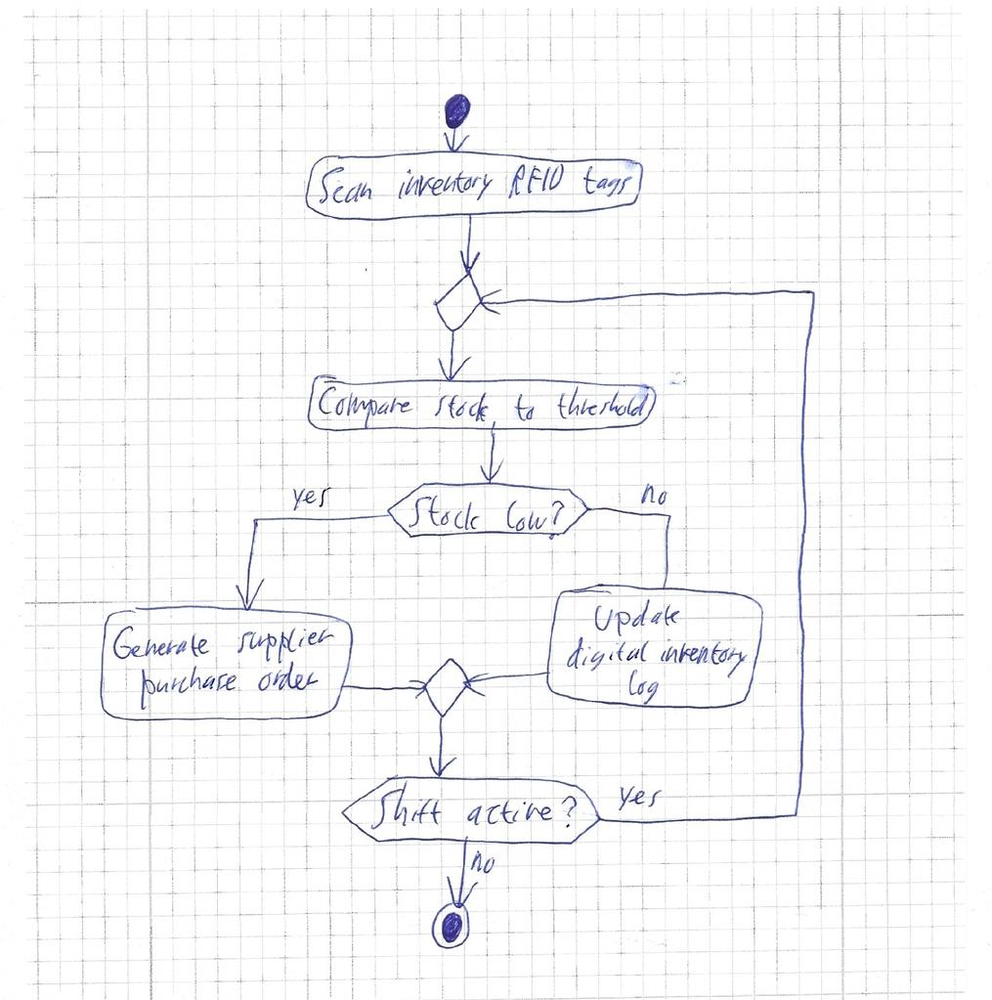
Diagram type: activity_diagram
```plantuml
@startuml

start

:Scan inventory RFID tags;

repeat
  :Compare stock to threshold;

  if (Stock low?) then (yes)
    :Generate supplier purchase order;
  else (no)
    :Update digital inventory log;
  endif
repeat while (Shift active?) is (yes) not (no)

stop

@enduml
```